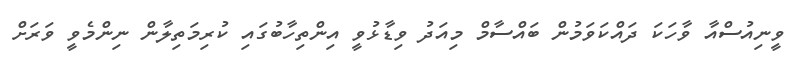
ވީނިއުސްއާ ވާހަކަ ދައްކަވަމުން ބައްސާމް މިއަދު ވިޑާޅުވީ އިންތިހާބުގައި ކުރިމަތިލާން ނިންމެވީ ވަރަށް